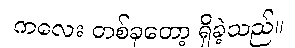
ကလေး တစ်ခုတော့ ရှိခဲ့သည်။